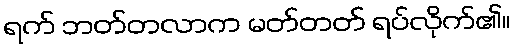
ရက် ဘတ်တလာက မတ်တတ် ရပ်လိုက်၏။